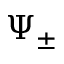
\Psi _ { \pm }